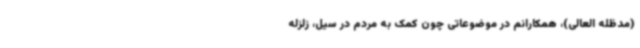
(مدظله العالی)، همکارانم در موضوعاتی چون کمک به مردم در سیل، زلزله